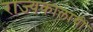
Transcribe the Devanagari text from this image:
राज्यकालाची